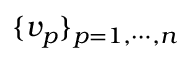
\{ v _ { p } \} _ { p = 1 , \cdots , n }